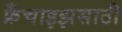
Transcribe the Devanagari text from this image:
फ्रँचाइझसाठी